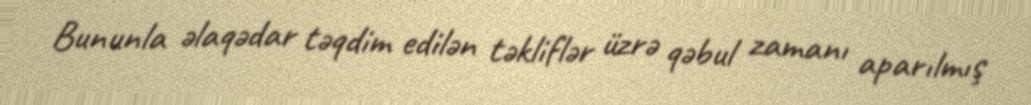
Bununla əlaqədar təqdim edilən təkliflər üzrə qəbul zamanı aparılmış